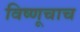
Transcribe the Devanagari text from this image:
विष्णूचाच